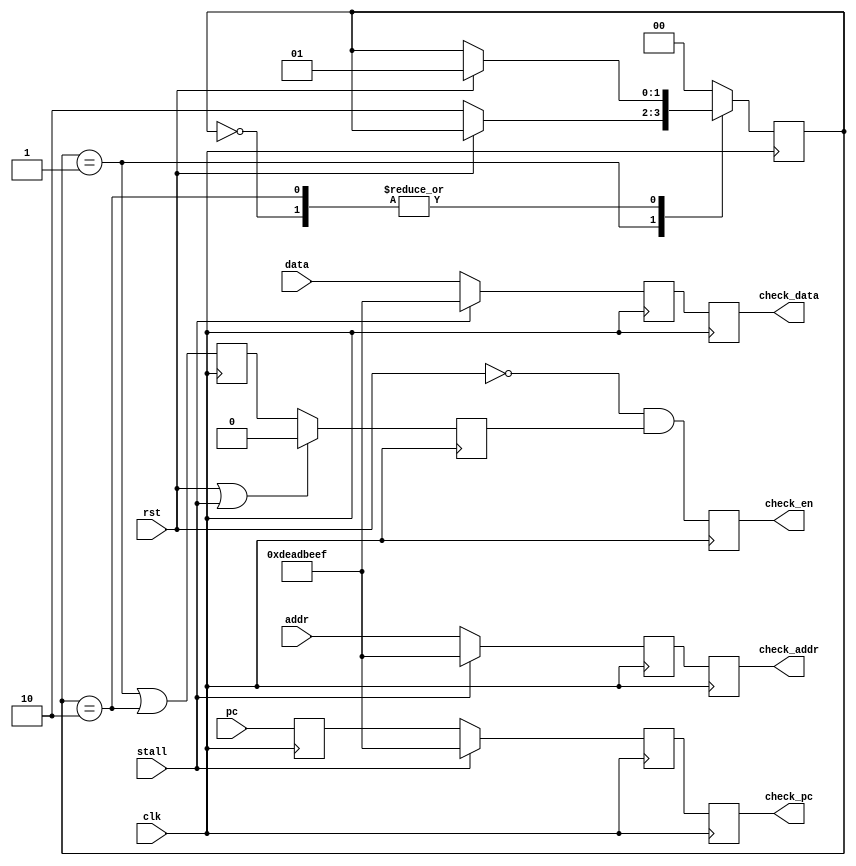
module Test_Sync (
  input             clk,
  input             rst,
  input             stall,
  input      [31:0] pc,
  input      [31:0] data,
  input      [31:0] addr,
  output reg        check_en,
  output reg [31:0] check_pc,
  output reg [31:0] check_data,
  output reg [31:0] check_addr);

  reg [31:0] pc_dly1, pc_dly2;
  reg [31:0] data_dly1;
  reg [31:0] addr_dly1;
  reg        check_dly1, check_dly2;
  reg  [1:0] state;

  parameter RESET = 2'd0, START = 2'd1, RUN = 2'd2;

  always @ (posedge clk) begin
    // Delay PC for three cycles
    pc_dly1    <= pc;
    pc_dly2    <= stall ? 32'hDEADBEEF : pc_dly1;
    check_pc   <= pc_dly2;

    // Delay memory write data for two cycles
    data_dly1  <= stall ? 32'hDEADBEEF : data;
    check_data <= data_dly1;

    // Delay memory write address for two cycles
    addr_dly1  <= stall ? 32'hDEADBEEF : addr;
    check_addr <= addr_dly1;

    // Time to check
    // --------------------------------------------------------------------
    // When reset is asserted we don't need to check the register file
    // contents as they are all zeros. But we would resume checking machine
    // states after 3 clock cycles
    // --------------------------------------------------------------------
    check_dly1 <= (state == START) | (state == RUN);
    check_dly2 <= (rst | stall) ? 1'b0 : check_dly1;
    check_en   <= ~rst & check_dly2;
 end

  // Initial reset state control
  always @ (posedge clk) begin
    case (state)
      RESET:
      begin
        if (rst)
          state <= START;
      end
      START:
      begin
        if (!rst) 
          state <= RUN;
      end
      RUN:
      begin
        if (rst) 
          state <= START; 
      end
      default: begin
        $display("default");
        state <= RESET;
      end
    endcase
  end

endmodule